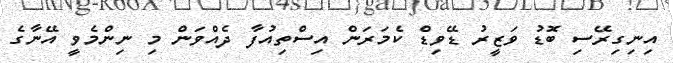
އިނިގިރޭސި ބޮޑު ވަޒީރު ޑޭވިޑް ކެމަރަން އިސްތިއުފާ ދެއްވަން މި ނިންމެވީ އޭނާގެ